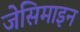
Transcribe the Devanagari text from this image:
जेसिमाइन